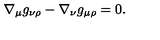
\nabla _ { \mu } g _ { \nu \rho } - \nabla _ { \nu } g _ { \mu \rho } = 0 .